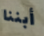
أبننا